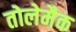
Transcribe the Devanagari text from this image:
तोलेमैक